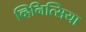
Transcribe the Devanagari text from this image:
व्हिनित्सिया